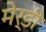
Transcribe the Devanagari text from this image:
मेर्डी